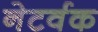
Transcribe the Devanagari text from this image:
नेटर्वक